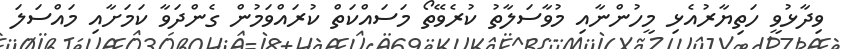
ވިދާޅުވީ ހަތިޔާރުއެޅި މީހުންނާއި މުވާސަލާތު ކުރެވޭތޯ މަސައްކަތް ކުރައްވަމުން ގެންދަވާ ކަމަށާއި މައްސަލަ